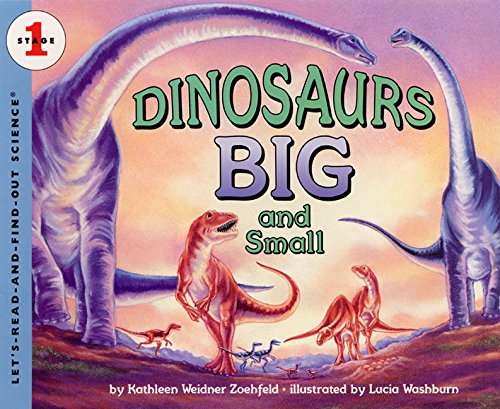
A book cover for Dinosaurs Big and Small (Let's-Read-and-Find-Out Science, Stage 1); Kathleen Weidner Zoehfeld; Science & Math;